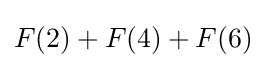
F(2)+F(4)+F(6)